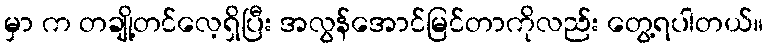
မှာ က တချို့တင်လေ့ရှိပြီး အလွန်အောင်မြင်တာကိုလည်း တွေ့ရပါတယ်။